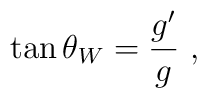
\tan \theta_W = \frac{g'}{g} \ ,